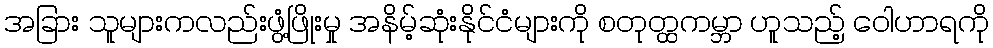
အခြား သူများကလည်းဖွံ့ဖြိုးမှု အနိမ့်ဆုံးနိုင်ငံများကို စတုတ္ထကမ္ဘာ ဟူသည့် ဝေါဟာရကို